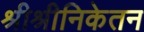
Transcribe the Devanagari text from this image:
श्रीश्रीनिकेतन